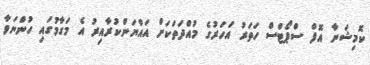
ކޮމިޝަނާ އޮފް ސްޕޯޓްސް ހަތަރު އަހަރުގެ މުއްދަތަކަށް އައްޔަންކުރާއިރު އެ މަގާމުގައި ހުންނަވާ